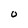
Character: u